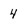
Character: 4